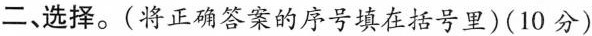
二、选择。(将正确答案的序号填在括号里)(10分)